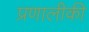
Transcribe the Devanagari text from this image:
प्रणालीकी